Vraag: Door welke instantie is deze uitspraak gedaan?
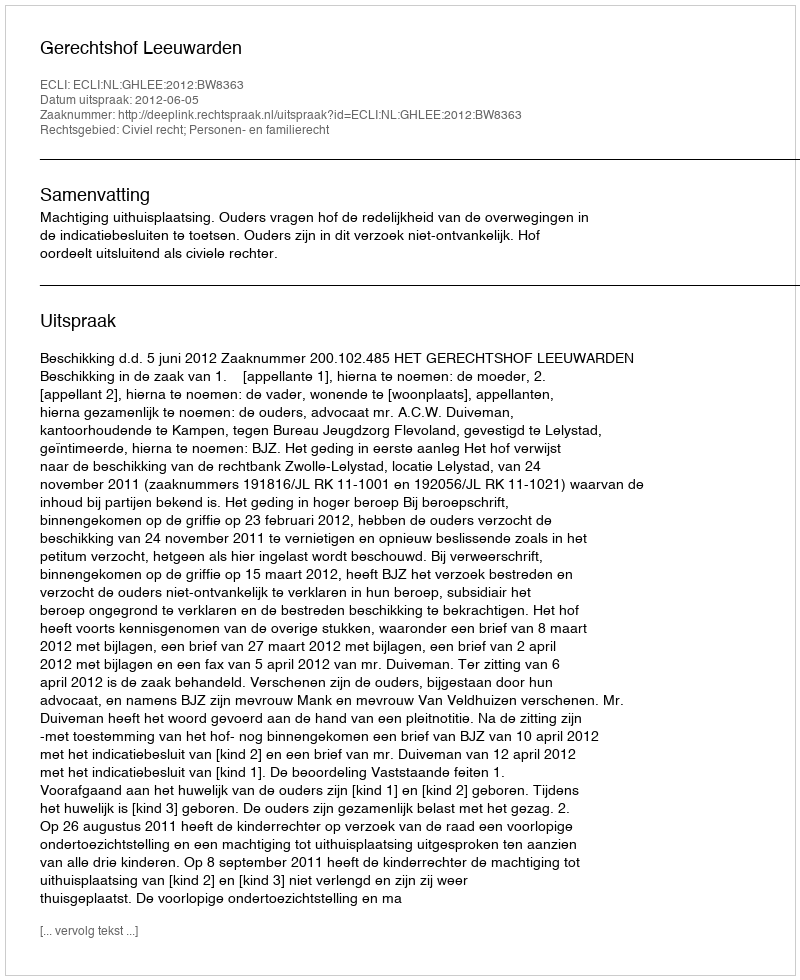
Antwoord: Gerechtshof Leeuwarden